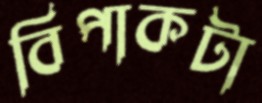
বিপাকটা